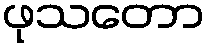
ဖုသတော